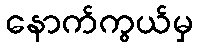
နောက်ကွယ်မှ